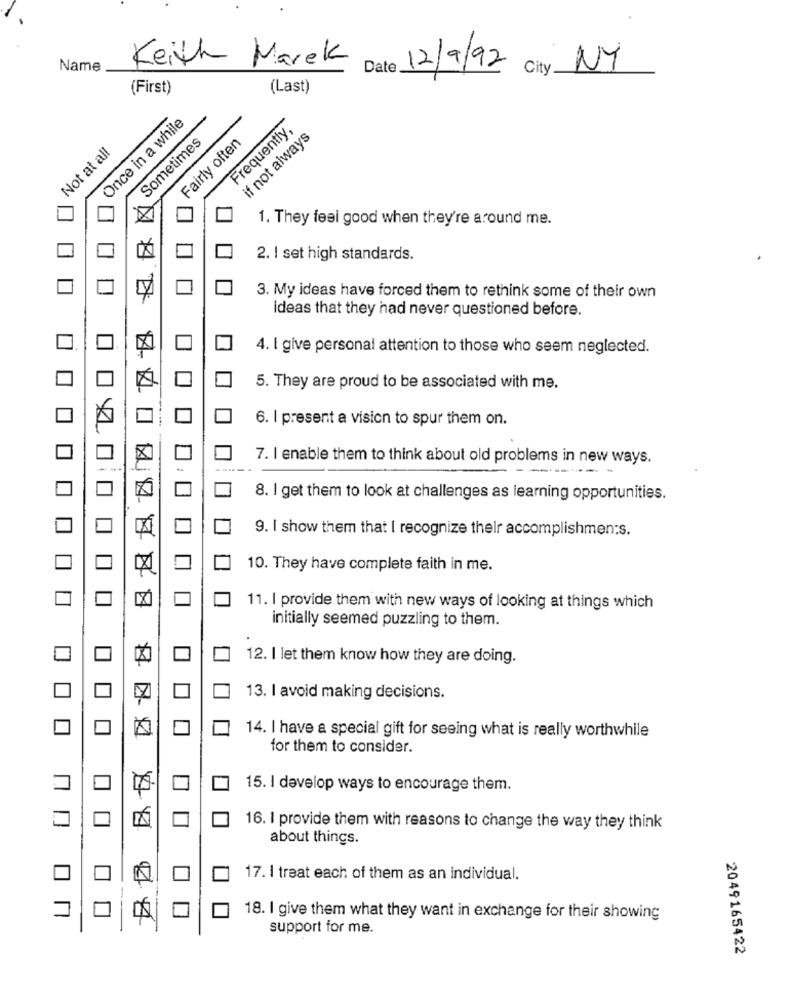
Keith Marek
Name
Date
12/9/92 City NY
(First)
(Last)
Once in a while
-
Frequently,
Sometimes
Fairly often
if not always
Not at all
1. They feel good when they're around me.
2. I set high standards.
3. My ideas have forced them to rethink some of their own
Ideas that they had never questioned before.
4. I give personal attention to those who seem neglected.
5. They are proud to be associated with me.
6. I present a vision to spur them on.
7. I enable them to think about old problems in new ways.
8. I get them to look at challenges as learning opportunities.
9. I show them that I recognize thelr accomplishments.
10. They have complete faith in me.
11. I provide them with new ways of looking at things which
initially seemed puzzling to them.
12. I let them know how they are doing.
13. I avoid making decisions.
14. I have a special gift for seeing what is really worthwhile
for them to consider.
15. I develop ways to encourage them.
16. I provide them with reasons to change the way they think
about things.
17. I treat each of them as an individual.
0$
18. I give them what they want in exchange for their showing
support for me.
2049165422